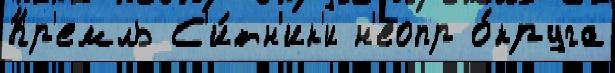
Кр'емль С'и́тн'ик'и н'еопр о́круга